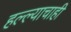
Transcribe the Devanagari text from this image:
हल्ल्याचाही